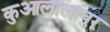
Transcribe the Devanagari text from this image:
कुआलालांपुर